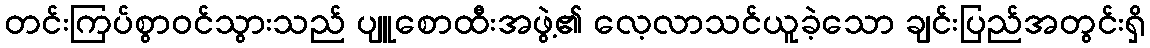
တင်းကြပ်စွာဝင်သွားသည် ပျူစောထီးအဖွဲ့၏ လေ့လာသင်ယူခဲ့သော ချင်းပြည်အတွင်းရှိ